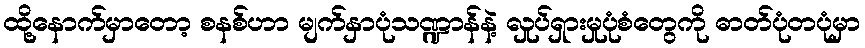
ထို့နောက်မှာတော့ စနစ်ဟာ မျက်နှာပုံသဏ္ဍာန်နဲ့ လှုပ်ရှားမှုပုံစံတွေကို ဓာတ်ပုံတပုံမှာ